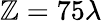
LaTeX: \mathbb{Z}=75\lambda